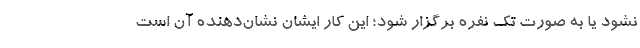
نشود یا به صورت تک نفره برگزار شود؛ این کار ایشان نشان‌دهنده آن است